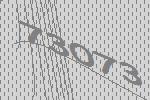
73073